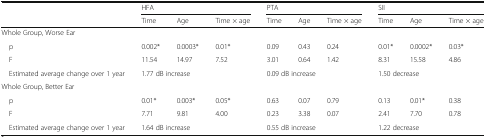
| <ROWSPAN=2>  | <COLSPAN=3> HFA | <COLSPAN=3> PTA | <COLSPAN=3> SII |
 | Time | Age | Time × age | Time | Age | Time × age | Time | Age | Time × age |
 | --- | --- | --- | --- | --- | --- | --- | --- | --- | --- |
 | <COLSPAN=10> Whole Group, Worse Ear |
 | p | 0.002* | 0.0003* | 0.01* | 0.09 | 0.43 | 0.24 | 0.01* | 0.0002* | 0.03* |
 | F | 11.54 | 14.97 | 7.52 | 3.01 | 0.64 | 1.42 | 8.31 | 15.58 | 4.86 |
 | Estimated average change over 1 year | <COLSPAN=3> 1.77 dB increase | <COLSPAN=3> 0.09 dB increase | <COLSPAN=3> 1.50 decrease |
 | <COLSPAN=10> Whole Group, Better Ear |
 | p | 0.01* | 0.003* | 0.05* | 0.63 | 0.07 | 0.79 | 0.13 | 0.01* | 0.38 |
 | F | 7.71 | 9.81 | 4.00 | 0.23 | 3.38 | 0.07 | 2.41 | 7.70 | 0.78 |
 | Estimated average change over 1 year | <COLSPAN=3> 1.64 dB increase | <COLSPAN=3> 0.55 dB increase | <COLSPAN=3> 1.22 decrease |